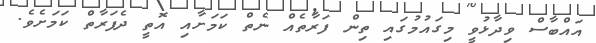
އައްބާސް ވިދާޅުވީ މިގައުމުގައި ތިން ފަރާތެއް ނެތް ކަމަށާއި އޮތީ ދެފަރާތް ކަމަށެވެ.